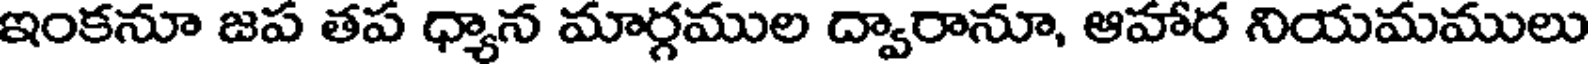
ఇంకనూ జప తప ధ్యాన మార్గముల ద్వారానూ, ఆహార నియమములు